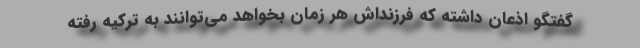
گفتگو اذعان داشته که فرزنداش هر زمان بخواهد می‌توانند به ترکیه رفته